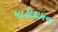
માટીકામના